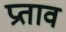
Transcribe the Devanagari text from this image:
प्रताव